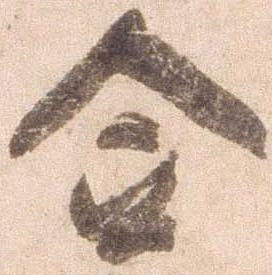
合